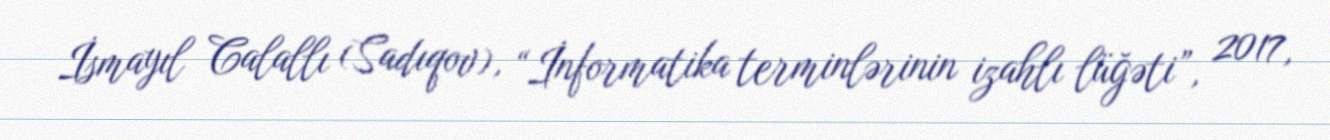
İsmayıl Calallı (Sadıqov), “İnformatika terminlərinin izahlı lüğəti”, 2017,